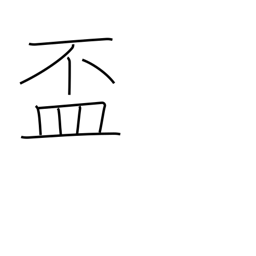
Meaning: cup